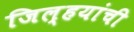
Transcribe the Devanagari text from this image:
जिल्हयांची